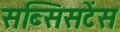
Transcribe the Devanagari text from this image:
सब्सिसटेंस